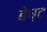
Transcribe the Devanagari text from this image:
बेष्ट